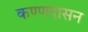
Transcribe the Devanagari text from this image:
कण्णदासन